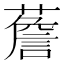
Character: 薝